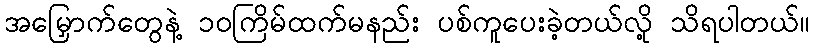
အမြှောက်တွေနဲ့ ၁၀ကြိမ်ထက်မနည်း ပစ်ကူပေးခဲ့တယ်လို့ သိရပါတယ်။